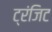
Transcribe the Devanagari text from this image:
ट्रंजिट